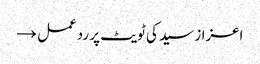
اعزاز سید کی ٹویٹ پر ردعمل →